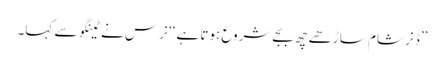
’’ڈنر شام ساڑھے چھ بجے شروع ہوتا ہے‘‘ نرس نے ٹینگو سے کہا۔